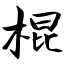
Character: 棍